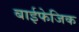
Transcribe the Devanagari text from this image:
बाईफेजिक